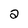
Character: 2